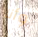
وأنا